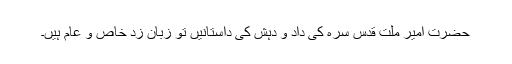
حضرت امیر ملّت قدس سرہ کی داد و دہش کی داستانیں تو زبان زد خاص و عام ہیں۔